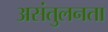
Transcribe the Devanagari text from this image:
असंतुलनता